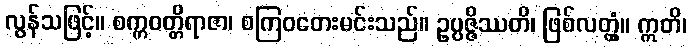
လွန်သဖြင့်။ စက္ကဝတ္တိရာဇာ၊ စကြဝတေးမင်းသည်။ ဥပ္ပဇ္ဇိဿတိ၊ ဖြစ်လတ္တံ့။ ဣတိ၊